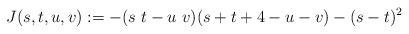
LaTeX: \begin{align*}J(s,t,u,v):=-(s~t-u~v)(s+t+4-u-v)-(s-t)^2\,\end{align*}